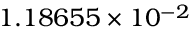
1 . 1 8 6 5 5 \times 1 0 ^ { - 2 }